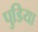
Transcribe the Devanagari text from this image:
पुडिया